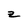
Character: z